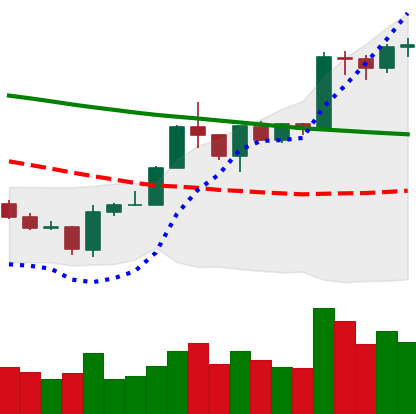
Ticker: BTC-USD
Chart end date: 2020-01-18
Forward return: -5.997%
Label: down_5_7